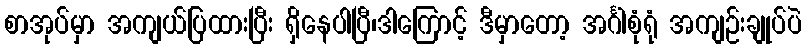
စာအုပ်မှာ အကျယ်ပြထားပြီး ရှိနေပါပြီ၊ဒါကြောင့် ဒီမှာတော့ အင်္ဂါစုံရုံ အကျဉ်းချုပ်ပဲ